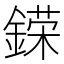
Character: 𨪪